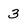
Character: 3